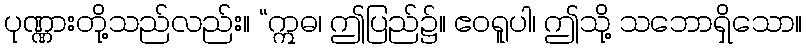
ပုဏ္ဏားတို့သည်လည်း။ “ဣဓ၊ ဤပြည်၌။ ဧဝရူပါ၊ ဤသို့ သဘောရှိသော။